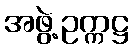
အဖွဲ့ဥက္ကဋ္ဌ